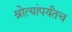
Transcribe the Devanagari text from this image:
श्रोत्यांपर्यंतच